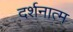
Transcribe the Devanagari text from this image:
दर्शनात्म